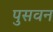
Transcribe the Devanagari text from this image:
पुसवन